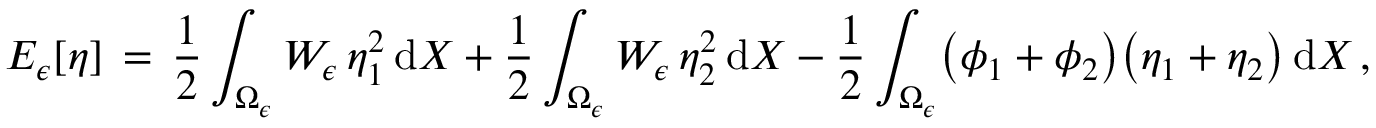
E _ { \epsilon } [ \eta ] \, = \, \frac 1 2 \int _ { \Omega _ { \epsilon } } W _ { \epsilon } \, \eta _ { 1 } ^ { 2 } \, \mathrm { d } X + \frac 1 2 \int _ { \Omega _ { \epsilon } } W _ { \epsilon } \, \eta _ { 2 } ^ { 2 } \, \mathrm { d } X - \frac 1 2 \int _ { \Omega _ { \epsilon } } \bigl ( \phi _ { 1 } + \phi _ { 2 } \bigr ) \bigl ( \eta _ { 1 } + \eta _ { 2 } \bigr ) \, \mathrm { d } X \, ,